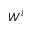
W ^ { i }